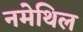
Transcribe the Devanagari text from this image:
नमेथिल